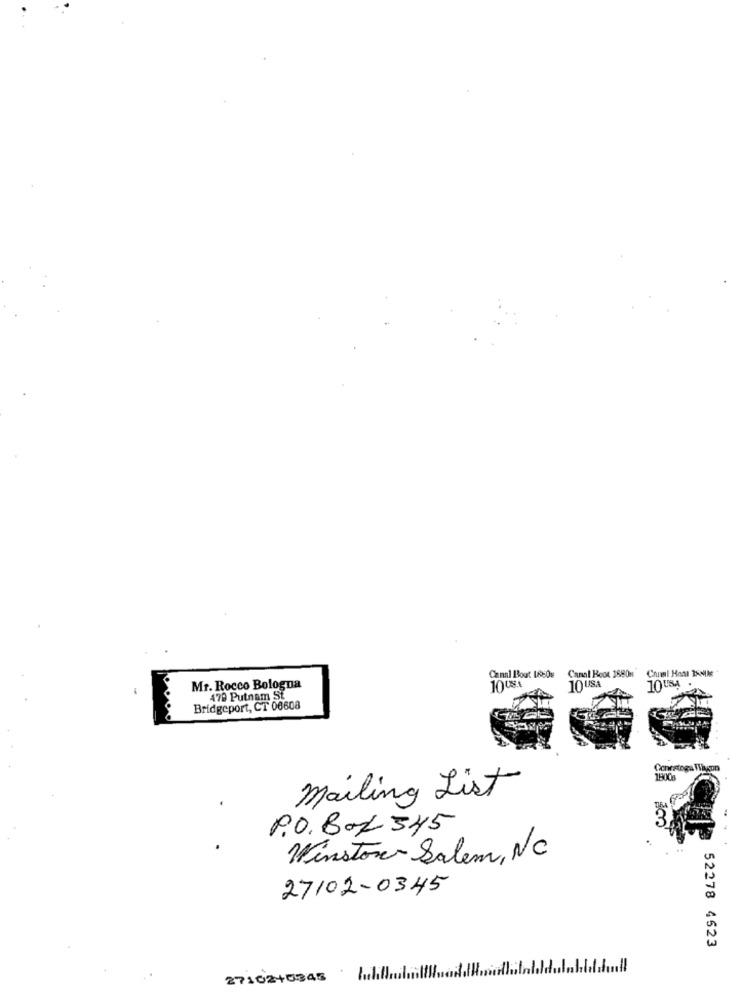
Canal Boot 1880m
Canal Bout 1880s
Mr. Rocco Bologna
1008.1
10 USA
70 USA
479 Putnam St
Bridgeport, CT 06608
Conestoga Wagon
mailing List
P.O. Box 345
Winston- Salem, NC
27102-0345
52278 4523
2710240345 11